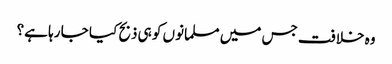
وہ خلافت جس میں مسلمانوں کو ہی ذبح کیا جا رہا ہے؟